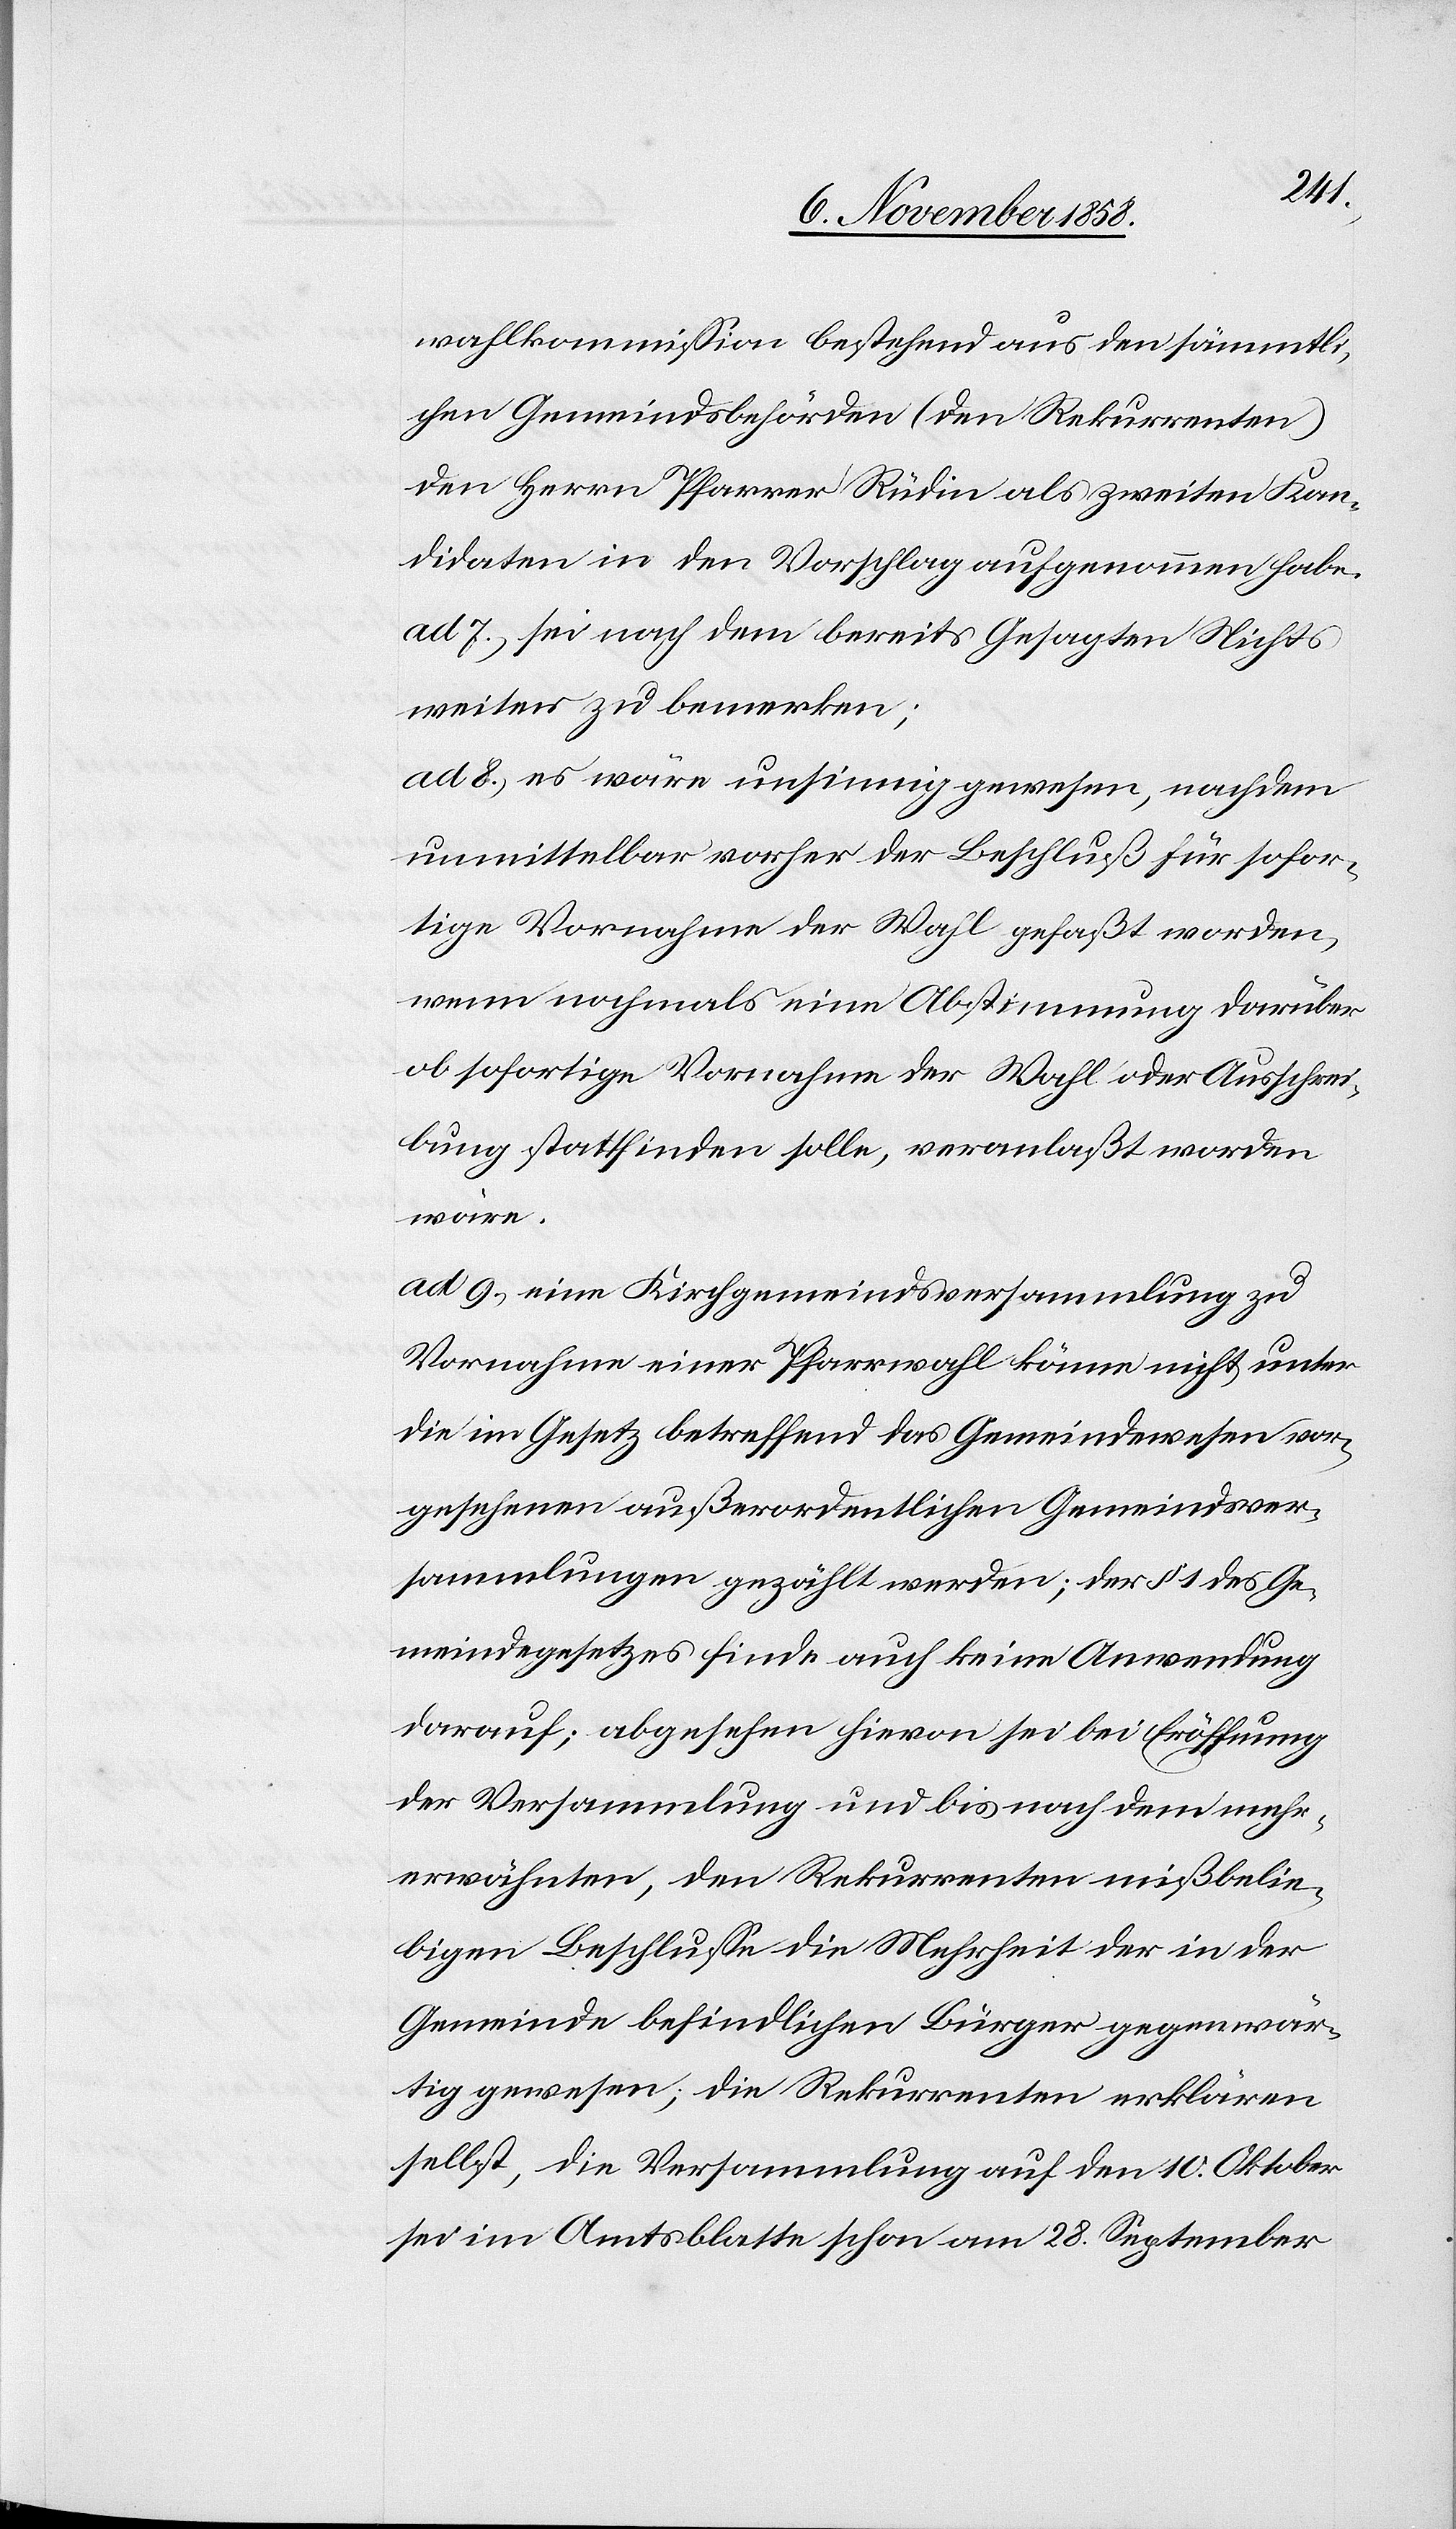
wahlkommission bestehend aus den sämmtli¬
chen Gemeindsbehörden (den Rekurrenten)
den Herrn Pfarrer Rüdin als zweiten Kan¬
didaten in den Vorschlag aufgenommen habe.
ad 7.) sei nach dem bereits Gesagten Nichts
weiters zu bemerken;
ad 8.) es wäre unsinnig gewesen, nachdem
unmittelbar vorher der Beschluß für sofor¬
tige Vornahme der Wahl gefaßt worden,
wenn nochmals eine Abstimmung darüber
ob sofortige Vornahme der Wahl oder Ausschrei¬
bung stattfinden solle, veranlaßt worden
wäre.
ad 9.) eine Kirchgemeindsversammlung zu
Vornahme einer Pfarrwahl könne nicht unter
die im Gesetz betreffend das Gemeindewesen vor¬
gesehenen außerordentlichen Gemeindsver¬
sammlungen gezählt werden; der § 1 des Ge¬
meindegesetzes finde auch keine Anwendung
darauf; abgesehen hievon sei bei Eröffnung
der Versammlung und bis nach dem mehr¬
erwähnten, den Rekurrenten mißbelie¬
bigen Beschlusse die Mehrheit der in der
Gemeinde befindlichen Bürger gegenwär¬
tig gewesen; die Rekurrenten erklären
selbst, die Versammlung auf den 10. Oktober
sei im Amtsblatte schon am 28. September